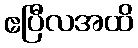
ဧပြီလအထိ